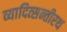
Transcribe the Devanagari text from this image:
व्यादित्सन्तीरथ